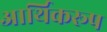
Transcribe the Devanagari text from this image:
आर्थिकरूप